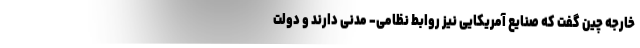
خارجه چین گفت که صنایع آمریکایی نیز روابط نظامی- مدنی دارند و دولت